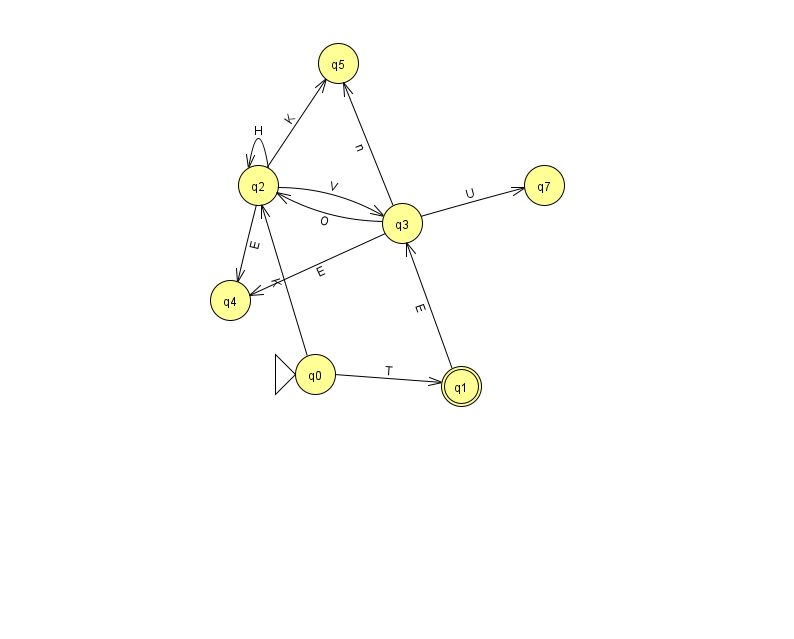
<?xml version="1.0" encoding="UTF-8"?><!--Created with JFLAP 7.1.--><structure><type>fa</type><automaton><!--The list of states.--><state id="0" name="q0"><x>315.0</x><y>361.0</y><initial/></state><state id="1" name="q1"><x>461.0</x><y>373.0</y><final/></state><state id="2" name="q2"><x>258.0</x><y>172.0</y></state><state id="3" name="q3"><x>402.0</x><y>210.0</y></state><state id="4" name="q4"><x>230.0</x><y>287.0</y></state><state id="5" name="q5"><x>338.0</x><y>50.0</y></state><state id="7" name="q7"><x>544.0</x><y>172.0</y></state><!--The list of transitions.--><transition><from>2</from><to>4</to><read>E</read></transition><transition><from>3</from><to>2</to><read>O</read></transition><transition><from>0</from><to>2</to><read>K</read></transition><transition><from>3</from><to>7</to><read>U</read></transition><transition><from>2</from><to>5</to><read>K</read></transition><transition><from>0</from><to>1</to><read>T</read></transition><transition><from>2</from><to>2</to><read>H</read></transition><transition><from>2</from><to>3</to><read>V</read></transition><transition><from>1</from><to>3</to><read>E</read></transition><transition><from>3</from><to>4</to><read>E</read></transition><transition><from>3</from><to>5</to><read>n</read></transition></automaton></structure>